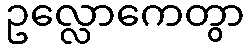
ဥလ္လောကေတွာ